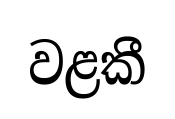
වළකී